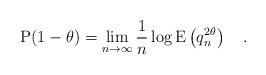
LaTeX: \begin{align*}\mathrm{P}(1-\theta) = \lim_{n \to \infty}\frac{1}{n} \log \mathrm{E}\left(q_n^{2\theta}\right) \ \ \ .\end{align*}